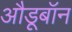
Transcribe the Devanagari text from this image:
औडूबॉन